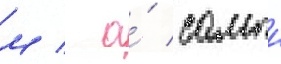
м / а́ самыи